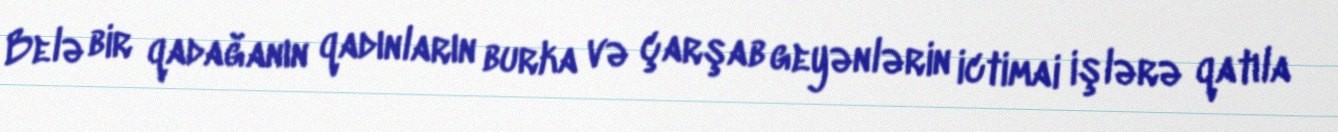
Belə bir qadağanın qadınların burka və çarşab geyənlərin ictimai işlərə qatıla